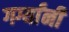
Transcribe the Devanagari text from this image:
गर्ग्यांनी